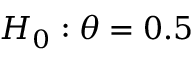
\textstyle H _ { 0 } : \theta = 0 . 5